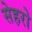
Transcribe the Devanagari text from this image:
सेहरो